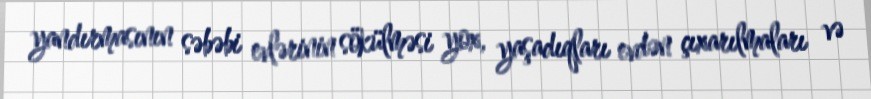
yandırmasının səbəbi evlərinin sökülməsi yox, yaşadıqları evdən çıxarılmaları və